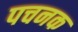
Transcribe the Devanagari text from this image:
पचनक